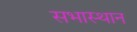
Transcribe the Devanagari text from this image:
सभास्थान